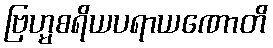
ဗြဟ္မစရိယပရာယဏောတိ